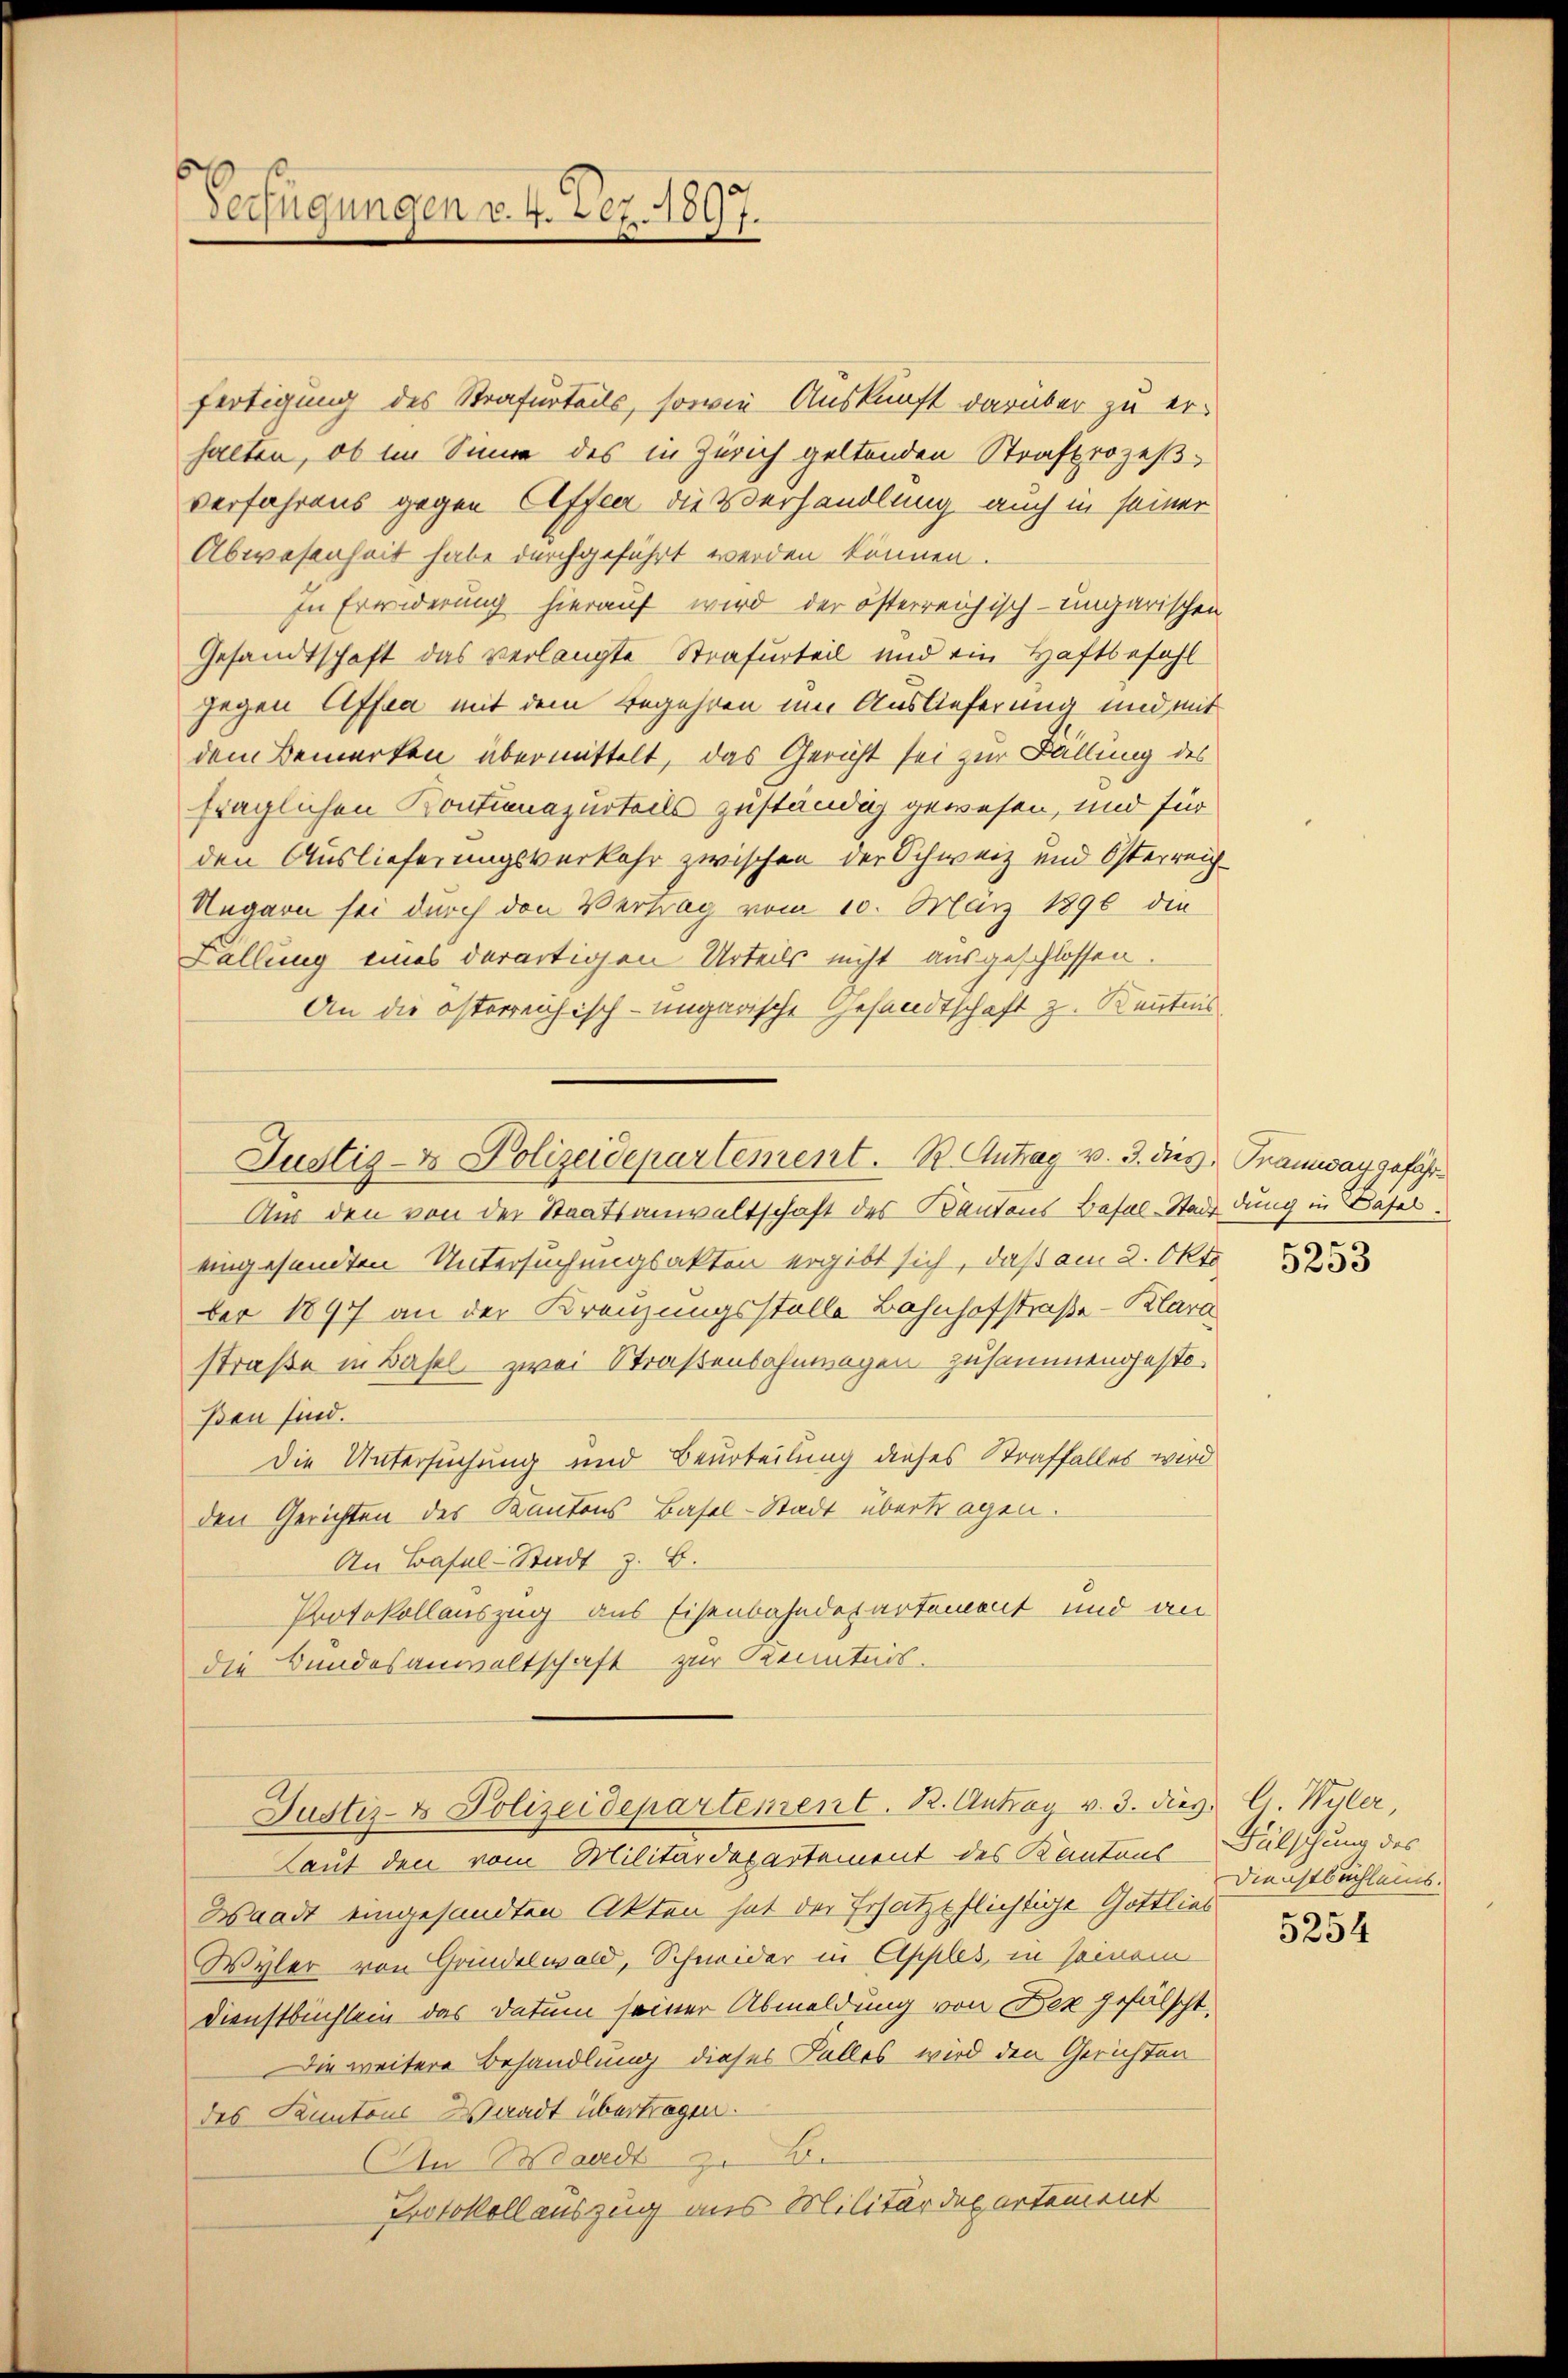
Verfügungen v. 4. Dez. 1897.

fertigung des Strafurteils, sowie Auskunft darüber zu erhalten, ob im Sinne des in Zürich geltenden Strafprozeßverfahrens gegen Affen die Verhandlung auch in seiner
Abwesenheit habe durchgeführt werden können.
In Erwiderung hierauf wird der österreichisch-ungarischen
Gesandtschaft das verlangte Strafurteil und ein Haftbefehl
gegen Affea mit dem Begehren um Auslieferung und mit
dem Bemerken übermittelt, das Gericht sei zur Fallung des
fraglichen Kontinazurteils zuständig gewesen, und für
den Auslieferungsverkehr zwischen der Schweiz und Österreich
Ungarn sei durch den Vertrag vom 10. März 1896 die
Lallung eines derartigen Urteils nicht ausgeschlossen.
An die österreichisch-ungarische Gesandtschaft z. Kenntnis
Aus den von der Staatsanwaltschaft des Kantons Basel-Stadt dung in Basel.
eingesandten Untersuchungsakten ergibt sich, daß am 2. Okto
ber 1897 an der Kreuzungsstelle Bahnhofstraße-Klara
straße in Basel zwei Straßenbahnwagen zusammengesteßen sind.
Die Untersuchung und Beurteilung dieses Straffalles wird
den Gerichten des Kantons Basel-Stadt übertragen.
An Basel-Stadt z. B.
Protokollauszug aus Eisenbahndepartement und an
die Bundesanwaltschaft zur Kenntnis.
Justiz- & Polizeidepartement. R. Antrag v. 3. dies. C. Wyler,
Laut den vom Militärdepartement des Kantons
Waadt eingesandten Akten hat der Ersatzpflichtige Gottlieb
Wyler von Grindelwald, Schneider in Apples, in seinem
Dienstbuchlein das Datum seiner Abmeldung von Bex gefälscht,
Die weitere Behandlung dieses Falles wird den Gerichten
des Kantons Waadt übertragen.
An Waadt zu B.
Protokoll auszug aus Militärdepartement

Justiz- & Polizeidepartement. B. Antrag v. 3. dies Tramway gefähr¬

5253

Wälschung des
Dienstbuchleins.

5254